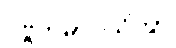
ပဗ္ဗတမာဝသိတွာ